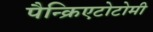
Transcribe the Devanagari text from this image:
पैन्क्रिएटोटोमी